Report on the bubonic plague in Bombay, 1896-1897
Year: 1896
Disease focus: Plague
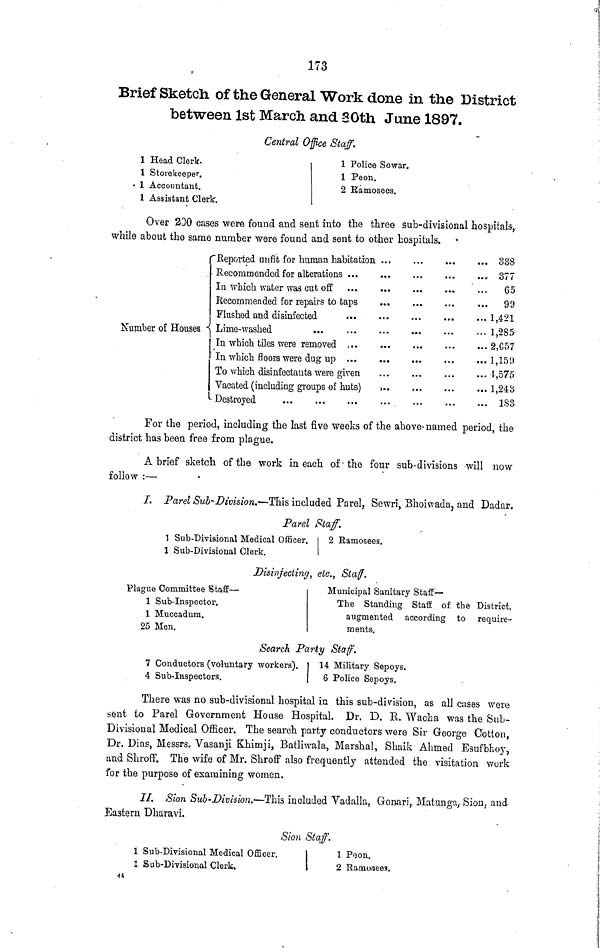
173
Brief Sketch of the General Work done in the District
between 1st March and 30th June 1897.
Central Of ce Staff.
1 Head Clerk.
1 Storekeeper.
1 Accountant.
1 Assistant Clerk.
1 Police Sowar.
1 Peon.
2 Bamosees.
Over 230 cases were found and sent into the three sub-divisional hospitals,
while about the same number were found and sent to other hospitals.
Number of Houses
Reported unfit for human habitation
Recommended for alterations ...
In which water was cut off ...
Recommended for repairs to taps
Flushed and disinfected ... ...
Lime-washed ... ...
In which tiles were removed ....
In which floors were dug up ...
To which disinfectants were given
Vacated (including groups of huts)
Destroyed
...
...
...
... 338
... 377
... 65
... 99
... 1,421
... 1,285
... 2.C57
... 1,159
... 1,575
... 1,243
... 183
For the period, including the last five weeks of the above- named period, the
district has been free from plague.
A brief sketch of the work in each of the four sub-divisions will now
follow :—
/. Parel Sub-Division.—This included Parel, Sewri, Bhoiwada, and Dadar.
Parel Staff.
I Sub-Divisional Medical Officer.
1 Sub-Divisional Clerk.
2 Ramosees.
Disinfecting, etc., Staff.
Plague Committee Staff —
1 Sub-Inspector.
1 Muccadum.
25 Men.
Municipal Sanitary Staff—
The Standing Staff of the District,
augmented according to require-
ments·.
Search Party Staff.
7 Conductors (voluntary workers).
4 Sub-Inspectors.
14 Military Sepoys.
6 Police Sepoys.
There was no sub-divisional hospital in this sub-division, as all cases were
sent to Parel Government House Hospital. Dr. D. E. Wacha was the SuL-
Divisional Medical Officer. The search party conductors were Sir George Cotton,
Dr. Dias, Messrs. Vasanji Khimji, Batliwala, Marshal, Shaik Ahmed Esufbhoy,
and Shroff. The wife of Mr. Shroff also frequently attended the visitation work
for the purpose of examining women.
II. Sion Sub-Division.—This included Vadalla, Gonari, Matunga,- Sion, and
Eastern Dharavi.
Sion Staff.
1 Sub-Divisional Medical Officer.
1 Sub-Divisional Clerk.
1 Peon.
2 Ramosees.
44